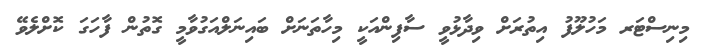
މިނިސްޓަރ މަހުލޫފު އިތުރަށް ވިދާޅުވީ ސާފިންއަކީ މިހާތަނަށް ބައިނަލްއަގުވާމީ ގޮތުން ފާހަގަ ކޮށްލެވޭ